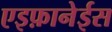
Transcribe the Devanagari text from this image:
एइफ़ानेईस